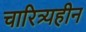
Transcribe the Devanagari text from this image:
चारित्र्यहीन